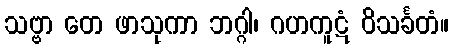
သဗ္ဗာ တေ ဖာသုကာ ဘဂ္ဂါ၊ ဂဟကူဋံ ဝိသင်္ခတံ။